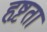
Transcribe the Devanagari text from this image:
हृष्टता